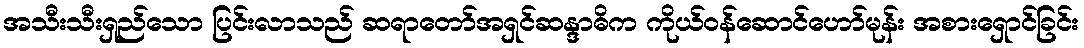
အသီးသီးရှည်သော ပြင်းလာသည် ဆရာတော်အရှင်ဆန္ဒာဓိက ကိုယ်ဝန်ဆောင်ဟော်မုန်း အစားရှောင်ခြင်း